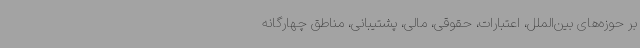
بر حوزه‌های بین‌الملل، اعتبارات، حقوقی، مالی، پشتیبانی، مناطق چهارگانه